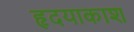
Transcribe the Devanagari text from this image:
हृदयाकाश